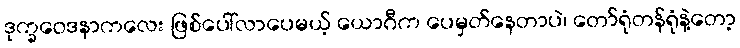
ဒုက္ခဝေဒနာကလေး ဖြစ်ပေါ်လာပေမယ့် ယောဂီက ပေမှတ်နေတာပဲ၊ တော်ရုံတန်ရုံနဲ့တော့